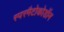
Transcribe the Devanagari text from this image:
स्परमैटोकोडॉन